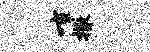
喧撒